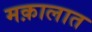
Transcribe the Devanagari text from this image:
मक़ालात